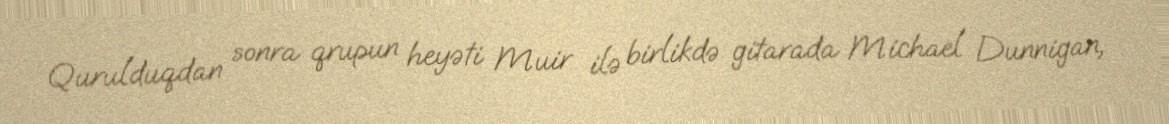
Qurulduqdan sonra qrupun heyəti Muir ilə birlikdə gitarada Michael Dunnigan,